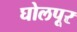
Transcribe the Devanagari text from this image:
घोलपूर